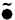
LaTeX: \widetilde{\bullet}